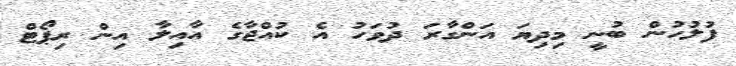
ފުލުހުން ބުނީ މިދިޔަ އަންގާރަ ދުވަހު އެ ކުއްޖާގެ އާއިލާ އިން ރިޕޯޓް